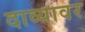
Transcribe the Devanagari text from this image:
दाव्यावर